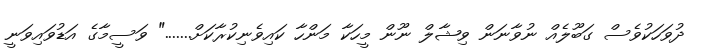
ދުވަހަކުވެސް ގަބޫލެއް ނުވާނަން ވިޝާލް ނޫން މީހަކާ މަންހާ ކައިވެނިކުރާކަށް......." ވަސީމާގެ އަޑުވައިވަނީ